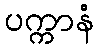
ပက္ကာနံ